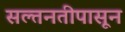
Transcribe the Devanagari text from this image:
सल्तनतीपासून